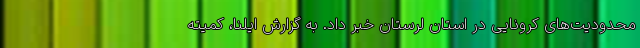
محدودیت‌های کرونایی در استان لرستان خبر داد. به گزارش ایلنا، کمیته